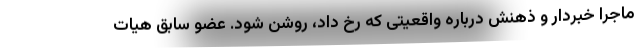
ماجرا خبردار و ذهنش درباره واقعیتی که رخ داد، روشن شود. عضو سابق هیات